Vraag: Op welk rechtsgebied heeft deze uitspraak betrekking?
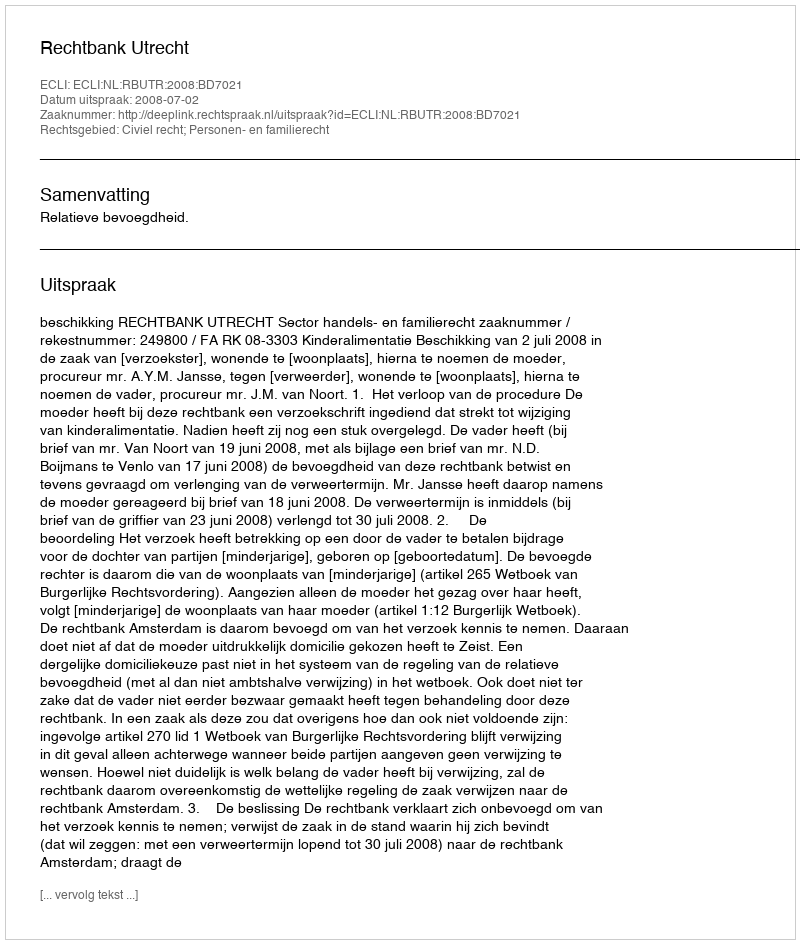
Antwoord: Civiel recht; Personen- en familierecht